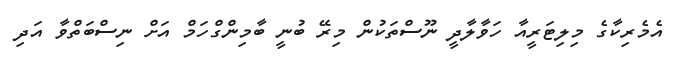
އެމެރިކާގެ މިލިޓަރީއާ ހަވާލާދީ ނޫސްތަކުން މިރޭ ބުނީ ބާމިންގްހަމް އަށް ނިސްބަތްވާ އަދި